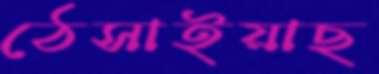
ঠেসাইয়াছ